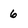
Character: 6